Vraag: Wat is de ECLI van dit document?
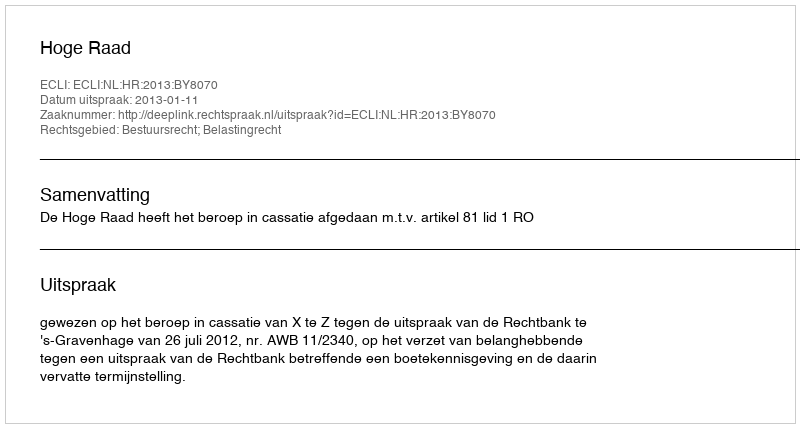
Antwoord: ECLI:NL:HR:2013:BY8070